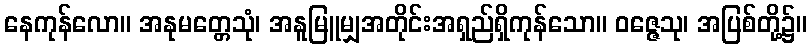
နေကုန်လော။ အနုမတ္တေသုံ၊ အနူမြူမျှအတိုင်းအရှည်ရှိကုန်သော။ ဝဇ္ဇေသု၊ အပြစ်တို့၌။